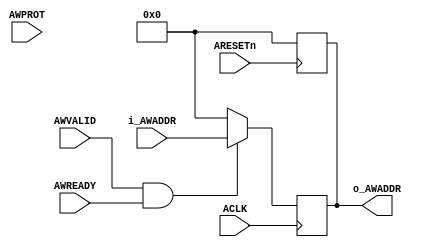
module write_address(ACLK,ARESETn,AWVALID, AWREADY, i_AWADDR, o_AWADDR, AWPROT);
	input ACLK;
	input ARESETn;
	input AWVALID;
	input AWREADY;
	input [31:0] i_AWADDR;
	output reg [31:0] o_AWADDR;
	input [2:0] AWPROT;         // Check
	
	always @(posedge ARESETn) begin    // RESET
		o_AWADDR <= 0;
	end
	
	always @(posedge ACLK) begin       //Hand Shaking and addr sending
		if (AWVALID && AWREADY) 
		o_AWADDR <= i_AWADDR;
		
		else 
		o_AWADDR <= 0;
	
	end
endmodule